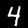
Label: 4